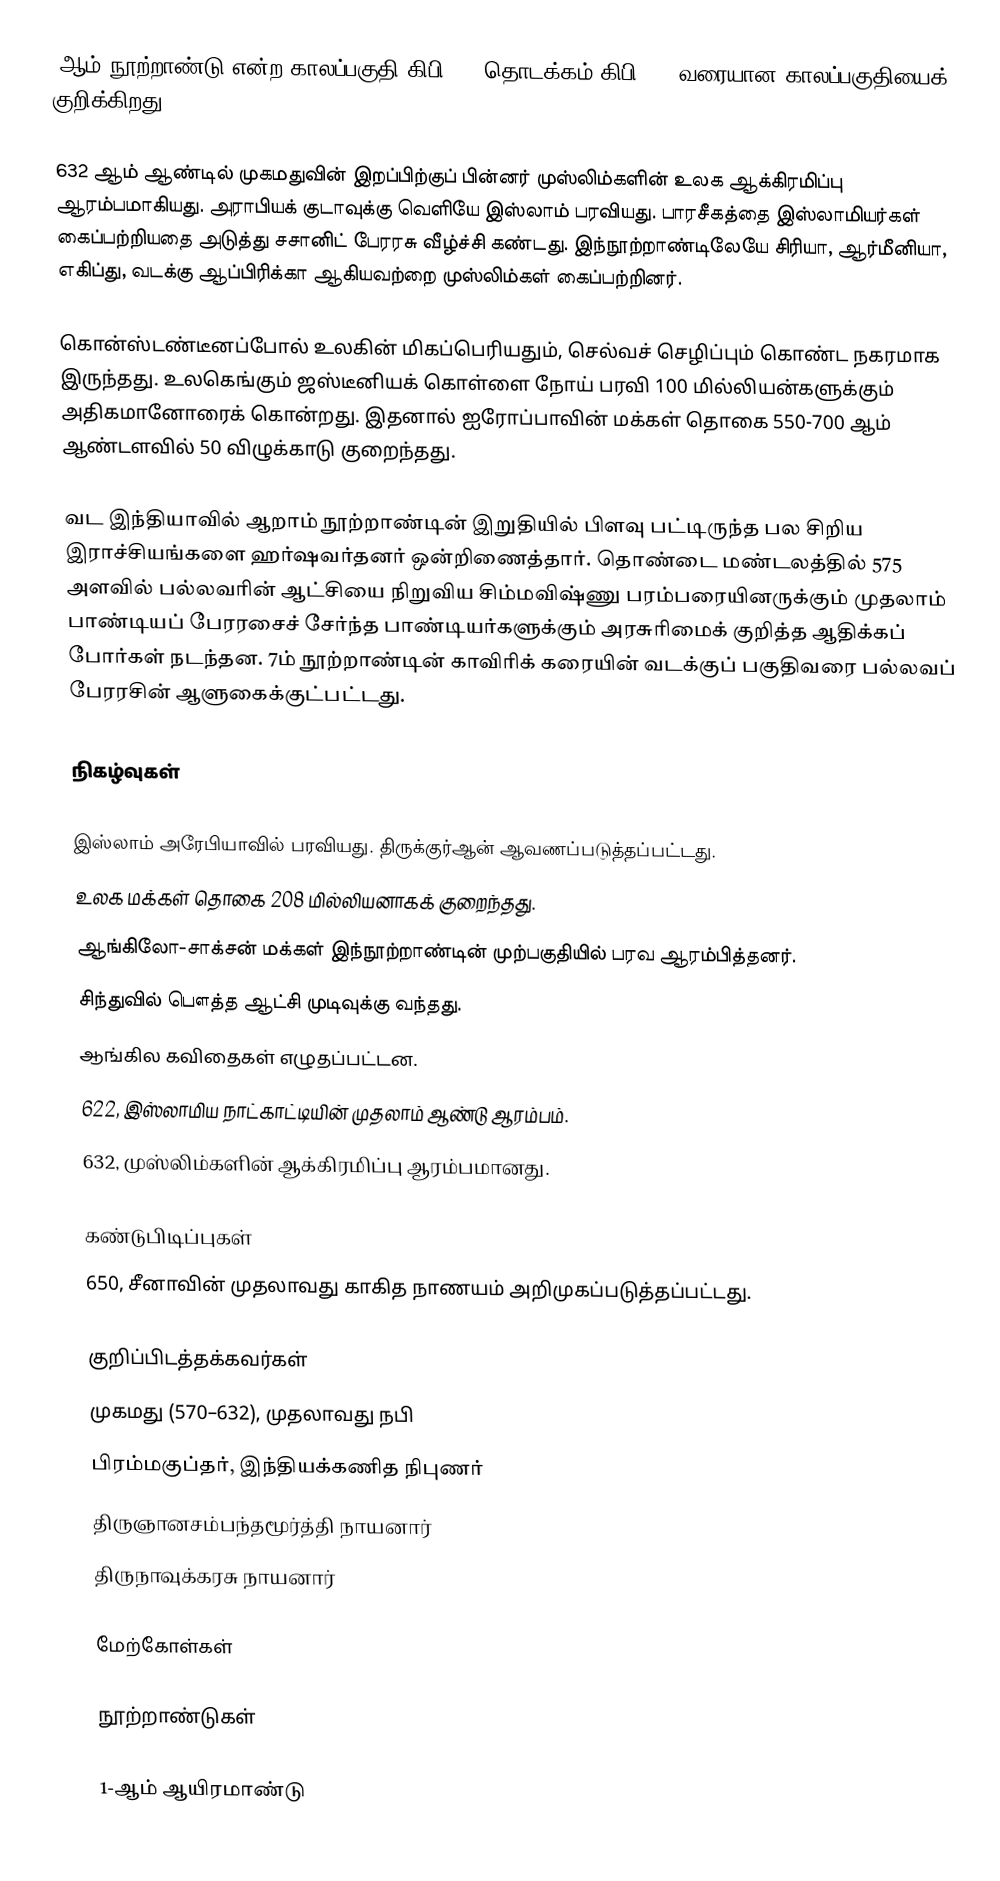
7ஆம் நூற்றாண்டு என்ற காலப்பகுதி கிபி 601 தொடக்கம் கிபி 699 வரையான காலப்பகுதியைக் குறிக்கிறது.

632 ஆம் ஆண்டில் முகமதுவின் இறப்பிற்குப் பின்னர் முஸ்லிம்களின் உலக ஆக்கிரமிப்பு ஆரம்பமாகியது. அராபியக் குடாவுக்கு வெளியே இஸ்லாம் பரவியது. பாரசீகத்தை இஸ்லாமியர்கள் கைப்பற்றியதை அடுத்து சசானிட் பேரரசு வீழ்ச்சி கண்டது. இந்நூற்றாண்டிலேயே சிரியா, ஆர்மீனியா, எகிப்து, வடக்கு ஆப்பிரிக்கா ஆகியவற்றை முஸ்லிம்கள் கைப்பற்றினர்.

கொன்ஸ்டண்டீனப்போல் உலகின் மிகப்பெரியதும், செல்வச் செழிப்பும் கொண்ட நகரமாக இருந்தது. உலகெங்கும் ஜஸ்டீனியக் கொள்ளை நோய் பரவி 100 மில்லியன்களுக்கும் அதிகமானோரைக் கொன்றது. இதனால் ஐரோப்பாவின் மக்கள் தொகை 550-700 ஆம் ஆண்டளவில் 50 விழுக்காடு குறைந்தது.

வட இந்தியாவில் ஆறாம் நூற்றாண்டின் இறுதியில் பிளவு பட்டிருந்த பல சிறிய இராச்சியங்களை ஹர்ஷவர்தனர் ஒன்றிணைத்தார். தொண்டை மண்டலத்தில் 575 அளவில் பல்லவரின் ஆட்சியை நிறுவிய சிம்மவிஷ்ணு பரம்பரையினருக்கும் முதலாம் பாண்டியப் பேரரசைச் சேர்ந்த பாண்டியர்களுக்கும் அரசுரிமைக் குறித்த ஆதிக்கப் போர்கள் நடந்தன. 7ம் நூற்றாண்டின் காவிரிக் கரையின் வடக்குப் பகுதிவரை பல்லவப் பேரரசின் ஆளுகைக்குட்பட்டது.

நிகழ்வுகள்

 இஸ்லாம் அரேபியாவில் பரவியது. திருக்குர்ஆன் ஆவணப்படுத்தப்பட்டது.
 உலக மக்கள் தொகை 208 மில்லியனாகக் குறைந்தது.
 ஆங்கிலோ-சாக்சன் மக்கள் இந்நூற்றாண்டின் முற்பகுதியில் பரவ ஆரம்பித்தனர்.
 சிந்துவில் பௌத்த ஆட்சி முடிவுக்கு வந்தது.
 ஆங்கில கவிதைகள் எழுதப்பட்டன.
 622, இஸ்லாமிய நாட்காட்டியின் முதலாம் ஆண்டு ஆரம்பம்.
 632, முஸ்லிம்களின் ஆக்கிரமிப்பு ஆரம்பமானது.

கண்டுபிடிப்புகள்
 650, சீனாவின் முதலாவது காகித நாணயம் அறிமுகப்படுத்தப்பட்டது.

குறிப்பிடத்தக்கவர்கள்
 முகமது (570–632), முதலாவது நபி
 பிரம்மகுப்தர், இந்தியக்கணித நிபுணர்
 திருஞானசம்பந்தமூர்த்தி நாயனார்
 திருநாவுக்கரசு நாயனார்

மேற்கோள்கள்

நூற்றாண்டுகள்

1-ஆம் ஆயிரமாண்டு